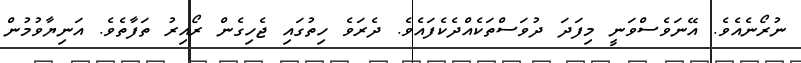
ނުރޯނެއެވެ. އޭނަވެސްވަނީ މިފަދަ ދުވަސްތަކެއްދެކެފައެވެ. ދެރަވެ ހިތުގައި ޖެހިގެން ރޯއިރު ތަފާތެވެ. އަނިޔާވުމުން